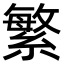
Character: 繁